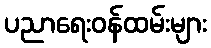
ပညာရေးဝန်ထမ်းများ